Report on vaccination in Madras 1877-1894 - 1877-1894
Year: 1877
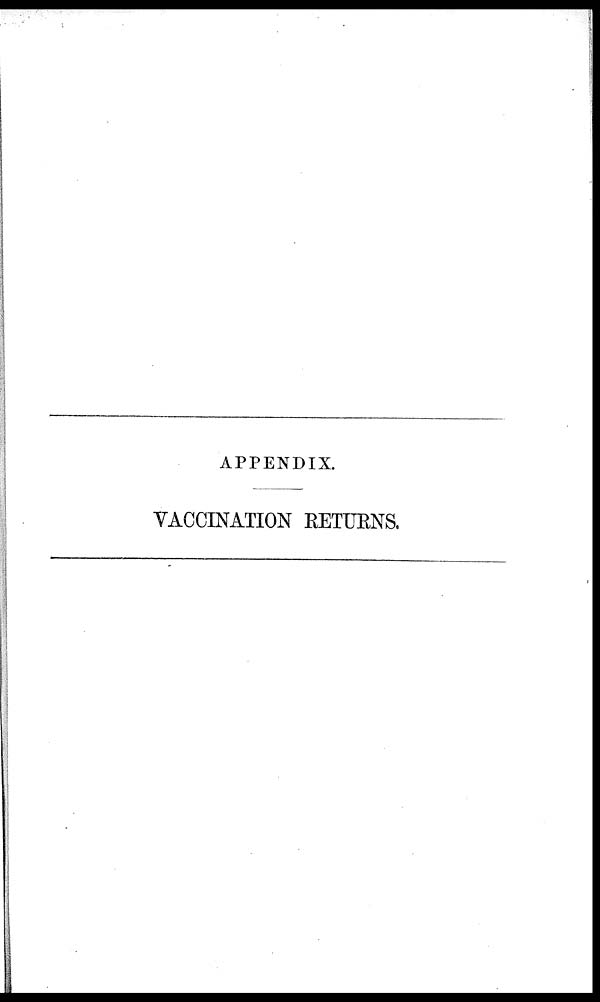
APPENDIX.
VACCINATION RETURNS.